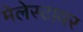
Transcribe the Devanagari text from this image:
मेलेस्टायर